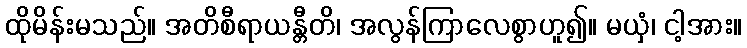
ထိုမိန်းမသည်။ အတိစီရာယန္တီတိ၊ အလွန်ကြာလေစွာဟူ၍။ မယှံ၊ ငါ့အား။